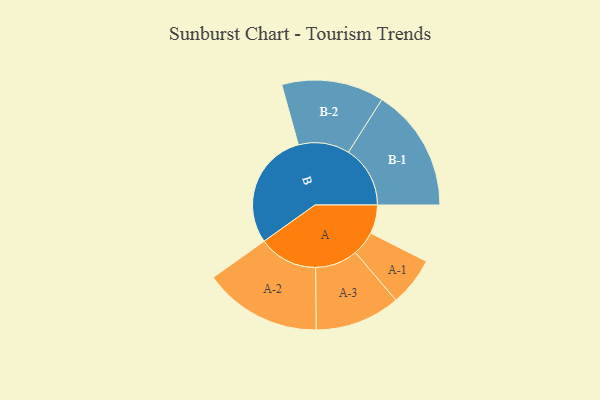
{"axis": {"x": "Segment", "y": "Value"}, "legend": ["", "A", "B"], "data": [{"x": "A", "y": 120, "type": ""}, {"x": "B", "y": 492, "type": ""}, {"x": "A-1", "y": 102, "type": "A"}, {"x": "A-2", "y": 247, "type": "A"}, {"x": "A-3", "y": 178, "type": "A"}, {"x": "B-1", "y": 258, "type": "B"}, {"x": "B-2", "y": 214, "type": "B"}]}